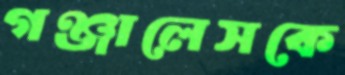
গঞ্জালেসকে